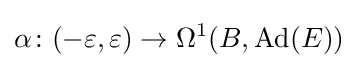
\alpha \colon (-\varepsilon ,\varepsilon )\rightarrow \Omega ^{1}(B,\operatorname {Ad} (E))